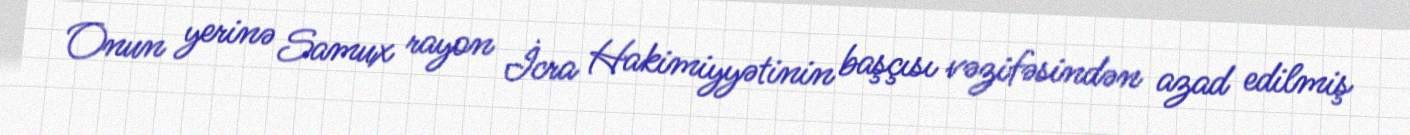
Onun yerinə Samux rayon İcra Hakimiyyətinin başçısı vəzifəsindən azad edilmiş